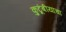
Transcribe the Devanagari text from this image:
कुटूंबीयांचा